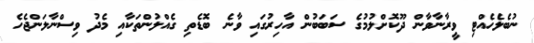
ނުބެލެހެއްޓި ވީރާނާވާން ދޫކޮށްލުމުގެ ސަބަބުން އާހިރުގައި ވާނެ ބޮޑެތި ގެއްލުންތަކާއި މެދު ވިސްނާލަންޖެހެ